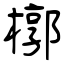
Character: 槨